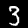
Label: 3